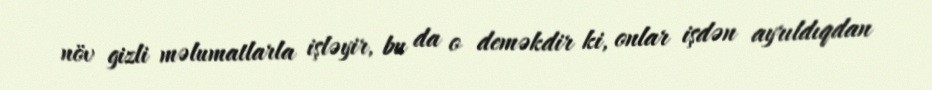
növ gizli məlumatlarla işləyir, bu da o deməkdir ki, onlar işdən ayrıldıqdan